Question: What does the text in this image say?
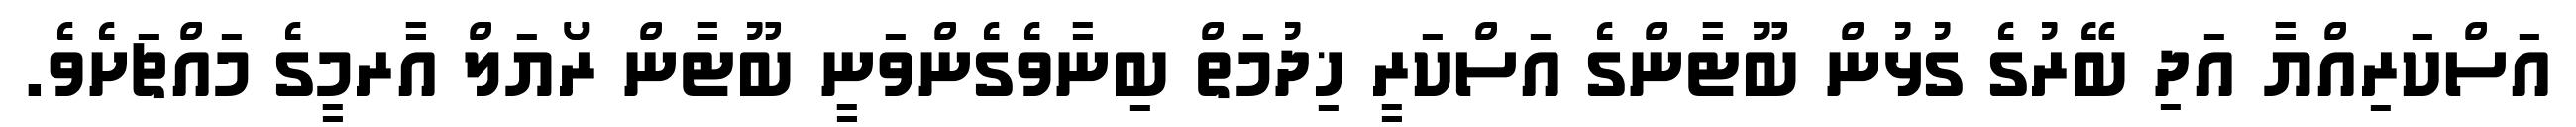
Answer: އަސްކަރިއްޔާ އަދި ބޭރުގެ ގުޅުން ބޫޓާންގެ އަސްކަރީ ޚިދުމަތް ބިނާވެގެންވަނީ ބޫޓާން ރޯޔަލް އާރމީގެ މައްޗަށެވެ.